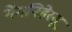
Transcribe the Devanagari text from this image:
गेंगनिहेस्सू